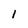
Character: l